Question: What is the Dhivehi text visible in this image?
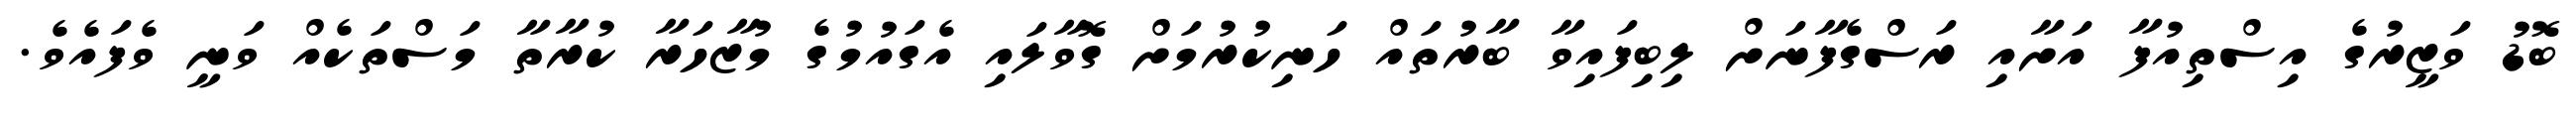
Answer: ބޮޑު ވަޒީރުގެ އިސްތިއުފާ އަށާއި ރަސްގެފާނަށް ލިބިފައިވާ ބާރުތައް ހަނިކުރުމަށް ގޮވާލައި އެގައުމުގެ މުޒާހަރާ ކުރާތާ މަސްތަކެއް ވަނީ ވެފައެވެ.